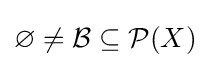
\varnothing \neq {\mathcal {B}}\subseteq {\mathcal {P}}(X)